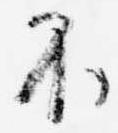
不